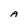
Character: A